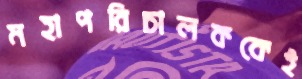
মহাপরিচালককেই